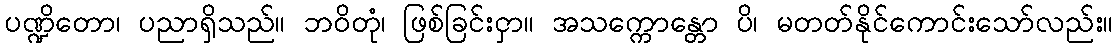
ပဏ္ဍိတော၊ ပညာရှိသည်။ ဘဝိတုံ၊ ဖြစ်ခြင်းငှာ။ အသက္ကောန္တော ပိ၊ မတတ်နိုင်ကောင်းသော်လည်း။